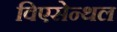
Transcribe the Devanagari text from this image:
विएसेन्थल